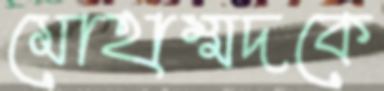
মোহাম্মদকে